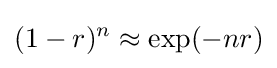
(1-r)^{n}\approx \exp(-nr)